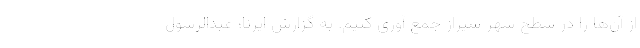
از آن‌ها را در سطح شهر شیراز جمع آوری کنیم. به گزارش ایرنا؛ عبدالرسول